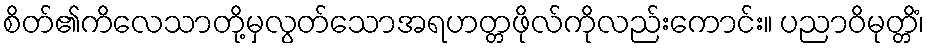
စိတ်၏ကိလေသာတို့မှလွတ်သောအရဟတ္တဖိုလ်ကိုလည်းကောင်း။ ပညာဝိမုတ္တိံ၊